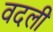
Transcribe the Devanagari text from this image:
वदलीं